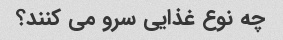
چه نوع غذایی سرو می کنند؟